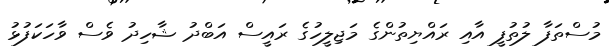
މުސްތަފާ ލުތުފީ އާއި ރައްޔިތުންގެ މަޖިލީހުގެ ރައީސް އަބްދު ޝާހިދު ވެސް ވާހަކަފުޅު